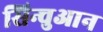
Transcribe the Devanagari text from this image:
सिन्चुआन